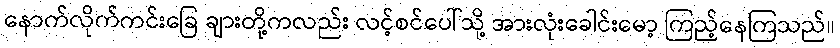
နောက်လိုက်ကင်းခြေ ချားတို့ကလည်း လင့်စင်ပေါ်သို့ အားလုံးခေါင်းမော့ ကြည့်နေကြသည်။